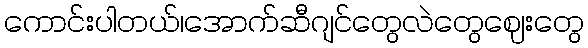
ကောင်းပါတယ်၊အောက်ဆီဂျင်တွေလဲတွေဈေးတွေ